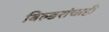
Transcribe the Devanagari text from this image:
बिल्डरांचाही